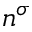
n ^ { \sigma }